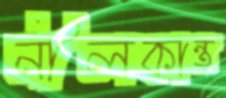
নীলকান্ত